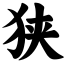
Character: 狭